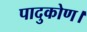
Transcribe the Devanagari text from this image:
पादुकोण।